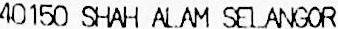
40150 SHAH ALAM SELANGOR